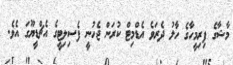
މާޝާގެ ފިރިމީހާގެ ހާލު ދެރަވެ އެޑްމިޓް ކުރަން ޖެހުނީ ފެސިލިޓީގެ އެޗްޑީޔޫގަ އެވެ.